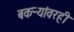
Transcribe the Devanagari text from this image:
बकऱ्यांवरही